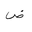
Letter: _dad